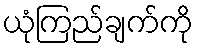
ယုံကြည်ချက်ကို